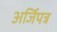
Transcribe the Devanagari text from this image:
अर्जिपत्र